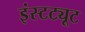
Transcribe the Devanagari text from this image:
इंस्‍टट्यूट